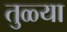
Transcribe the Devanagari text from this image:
तुळ्या